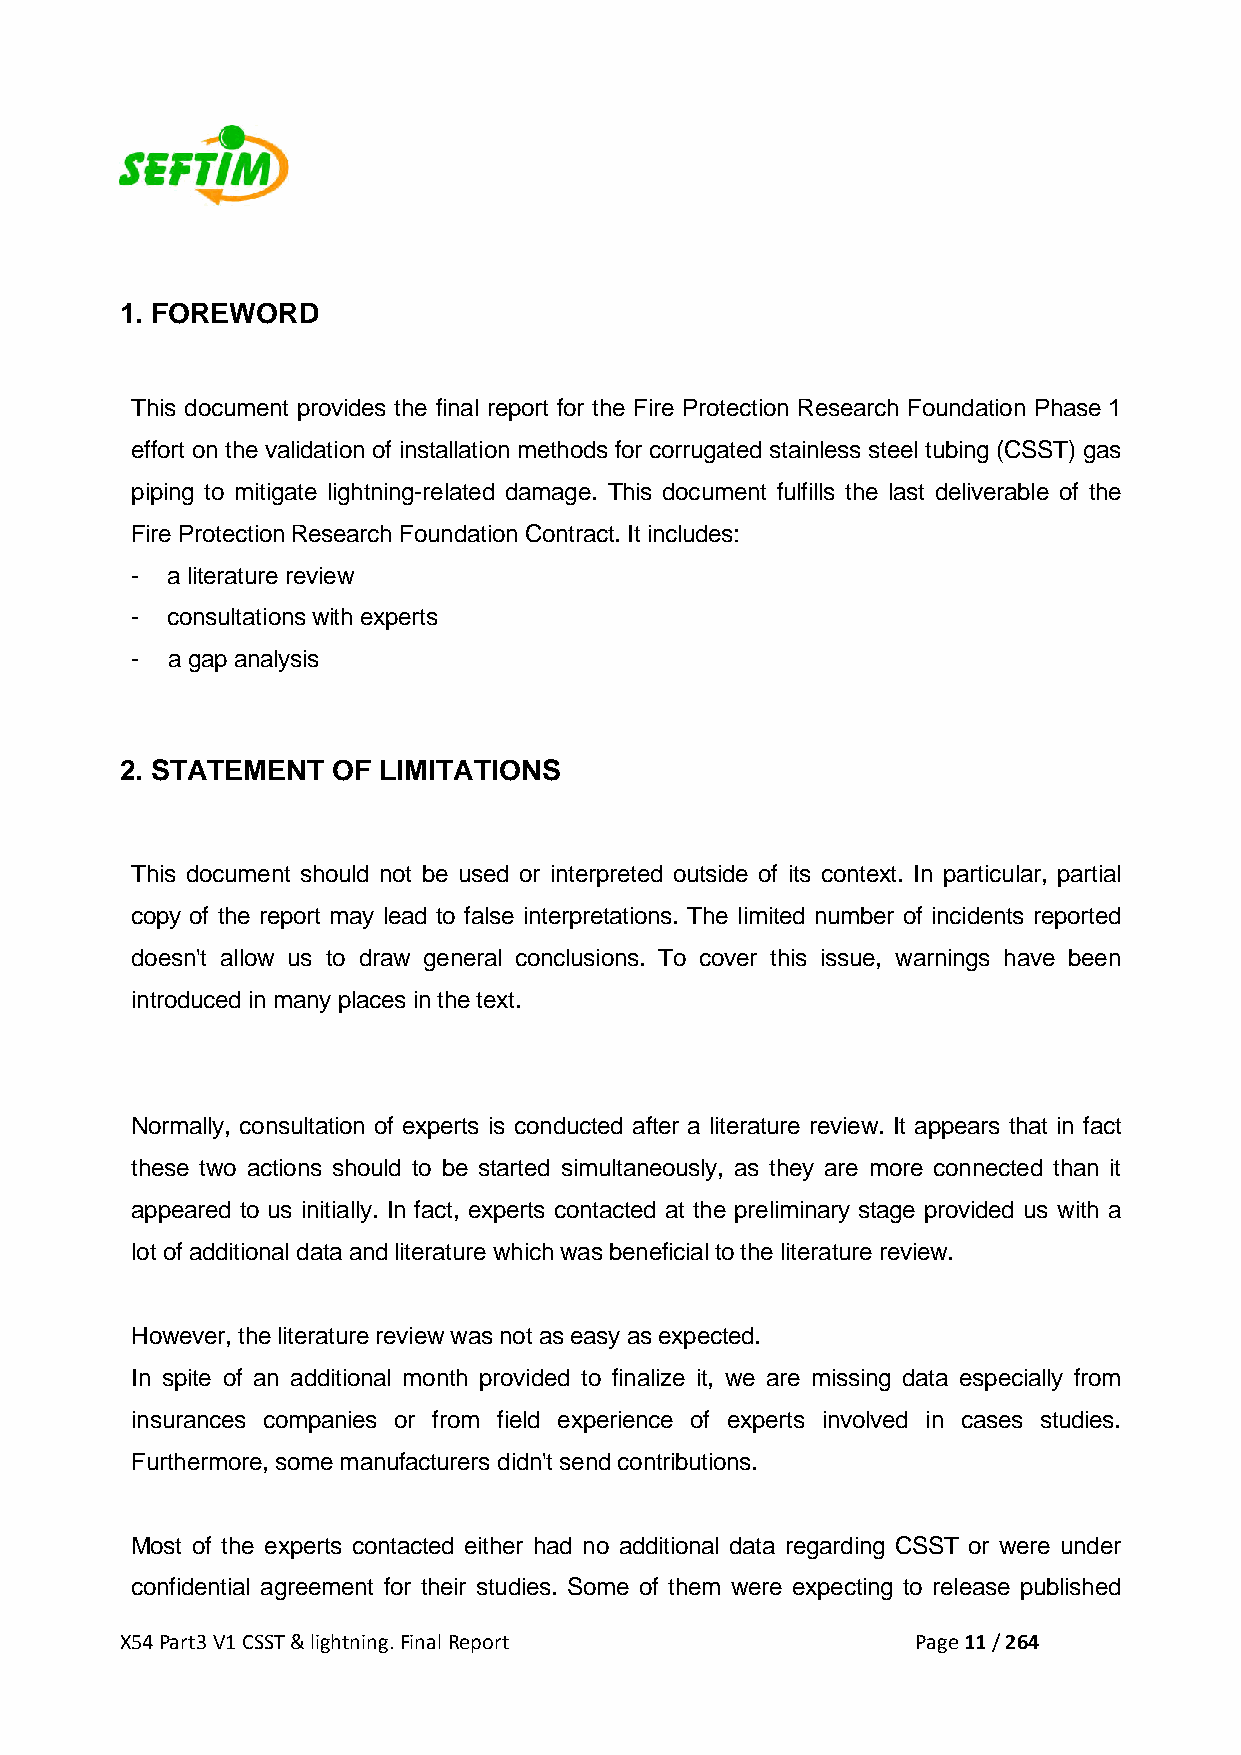
1. FOREWORD
 This document provides the final report for the Fire Protection Research Foundation Phase 1
 effort on the validation of installation methods for corrugated stainless steel tubing (CSST) gas
 piping to mitigate lightning-related damage. This document fulfills the last deliverable of the
 Fire Protection Research Foundation Contract. It includes:
 - a literature review
 - consultations with experts
 - a gap analysis
 2. STATEMENT  OF LIMITATIONS
 This document should not be used or interpreted outside of its context. In particular, partial
 copy of the report may lead to false interpretations. The limited number of incidents reported
 doesn't allow us to draw general conclusions. To cover this issue, warnings have been
 introduced in many places in the text.
 Normally, consultation of experts is conducted after a literature review. It appears that in fact
 these two actions should to be started simultaneously, as they are more connected than it
 appeared to us initially. In fact, experts contacted at the preliminary stage provided us with a
 lot of additional data and literature which was beneficial to the literature review.
 However, the literature review was not as easy as expected.
 In spite of an additional month provided to finalize it, we are missing data especially from
 insurances companies or from field experience of experts involved in cases studies.
 Furthermore, some manufacturers didn't send contributions.
 Most of the experts contacted either had no additional data regarding CSST or were under
 confidential agreement for their studies. Some of them were expecting to release published
 X54 Part3 V1 CSST & lightning. Final Report          Page 11 / 264